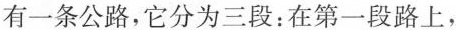
有一条公路，它分为三段：在第一段路上，